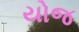
યોજ